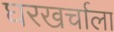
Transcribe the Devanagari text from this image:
घरखर्चाला